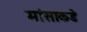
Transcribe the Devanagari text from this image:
मांसाकडे